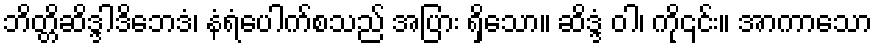
ဘိတ္တိဆိဒ္ဒါဒိဘေဒံ၊ နံရံပေါက်စသည် အပြား ရှိသော။ ဆိဒ္ဒံ ဝါ၊ ကို၎င်း။ အာကာသော